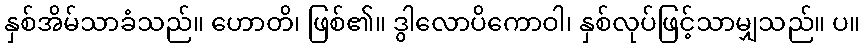
နှစ်အိမ်သာခံသည်။ ဟောတိ၊ ဖြစ်၏။ ဒွါလောပိကောဝါ၊ နှစ်လုပ်ဖြင့်သာမျှသည်။ ပ။